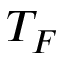
T _ { F }